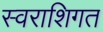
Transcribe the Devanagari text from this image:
स्वराशिगत